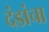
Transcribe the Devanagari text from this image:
दंडांचा